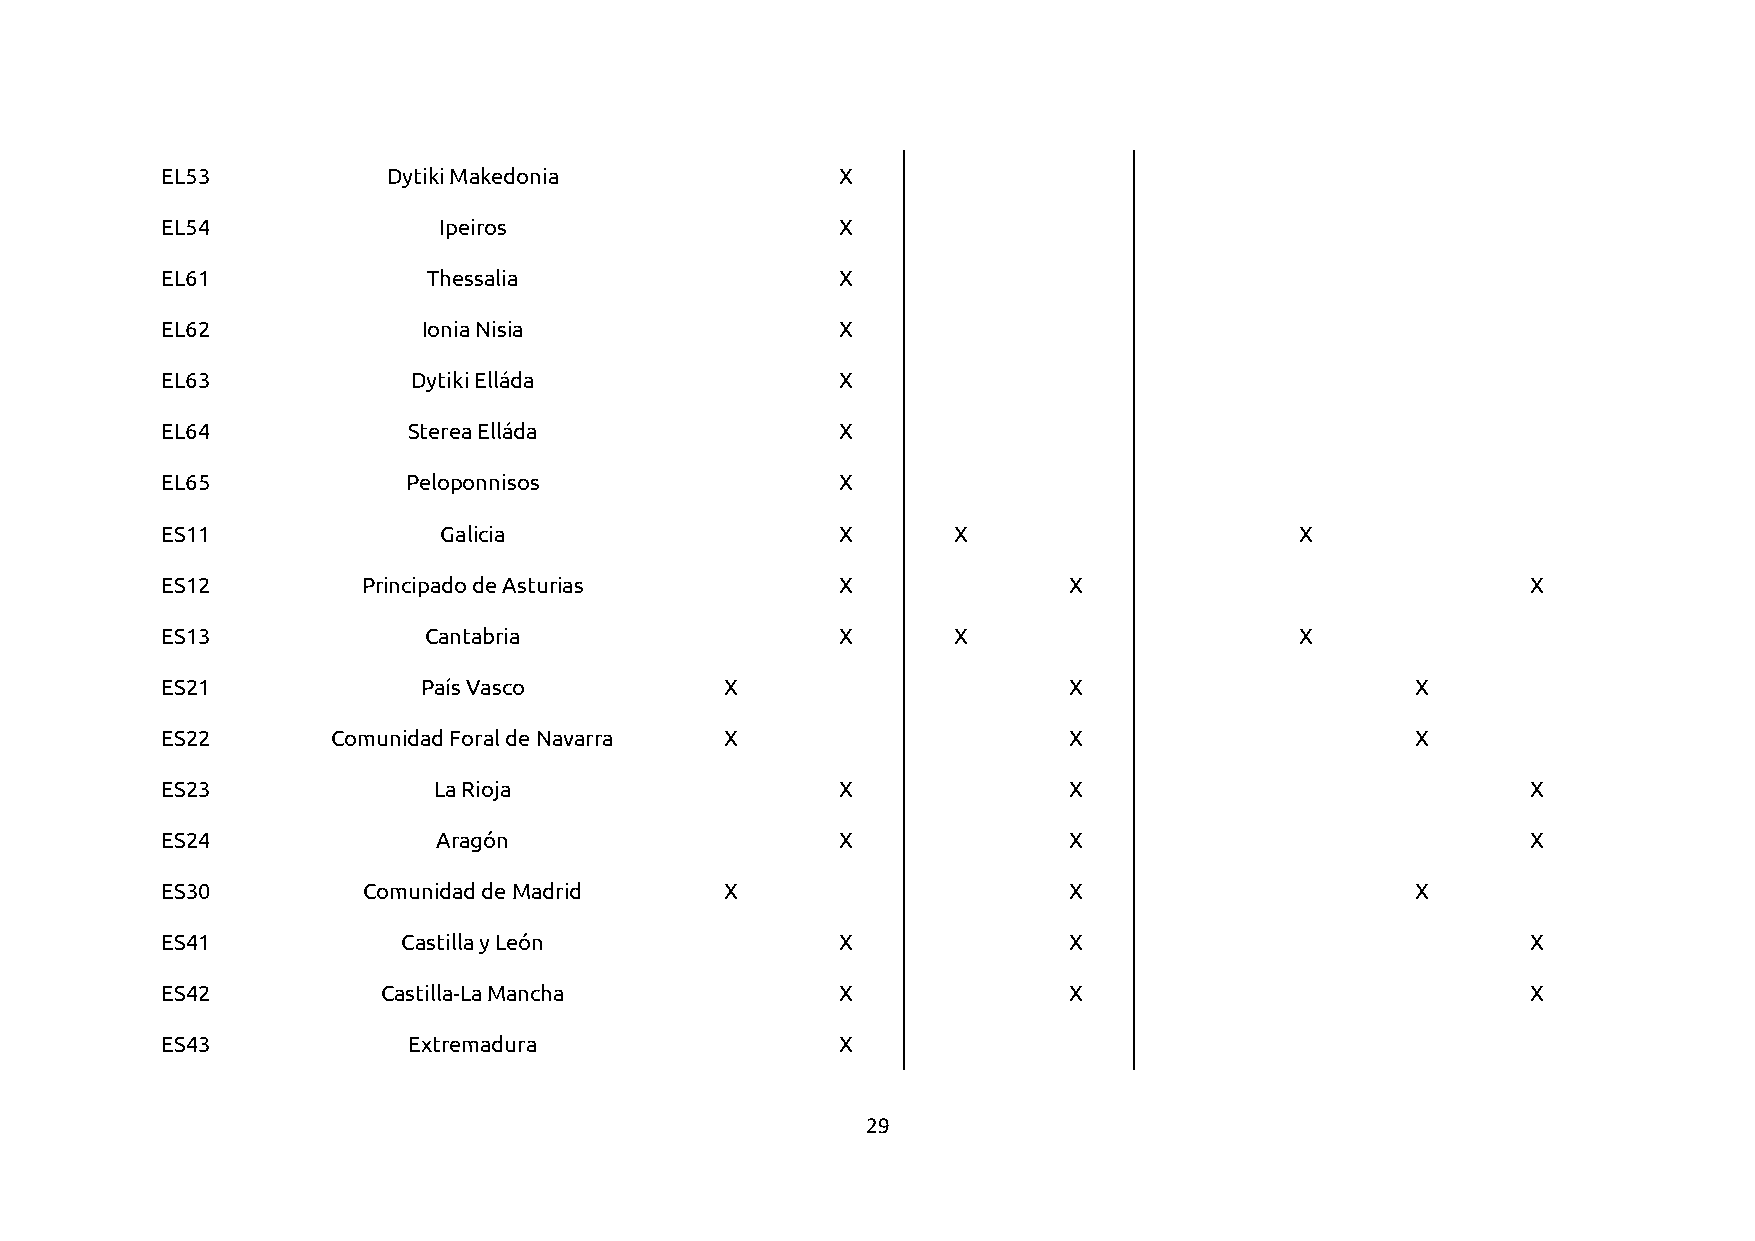
EL53           Dytiki Makedonia              X
 EL54              Ipeiros                    X
 EL61             Thessalia                   X
 EL62             Ionia Nisia                 X
 EL63            Dytiki Elláda                X
 EL64            Sterea Elláda                X
 EL65            Peloponnisos                 X
 ES11              Galicia                    X      X                      X
 ES12         Principado de Asturias          X              X                             X
 ES13             Cantabria                   X      X                      X
 ES21             País Vasco          X                      X                      X
 ES22       Comunidad Foral de Navarra X                     X                      X
 ES23              La Rioja                   X              X                             X
 ES24              Aragón                     X              X                             X
 ES30         Comunidad de Madrid     X                      X                      X
 ES41            Castilla y León              X              X                             X
 ES42          Castilla-La Mancha             X              X                             X
 ES43            Extremadura                  X
 29